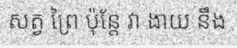
សត្វ ព្រៃ ប៉ុន្តែ វា ងាយ នឹង